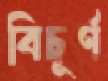
বিচূর্ণ